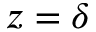
z = \delta